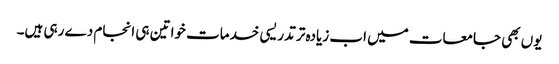
یوں بھی جامعات میں اب زیادہ تر تدریسی خدمات خواتین ہی انجام دے رہی ہیں۔